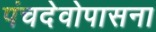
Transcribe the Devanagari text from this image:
पंचदेवोपासना